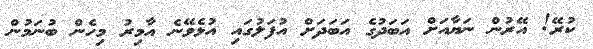
ކުރޭ! އޭރުން ނަޔާއަށް އަބަދުގެ އަބަދަށް އުފަލުގައި އުޅެވޭނެ އާމިރު މިހެން ބުނަމުން